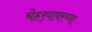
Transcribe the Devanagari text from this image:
चेहर्‍यावरच्या